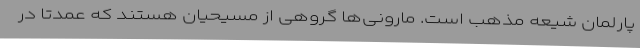
پارلمان شیعه مذهب است. مارونی‌ها گروهی از مسیحیان هستند که عمدتا در